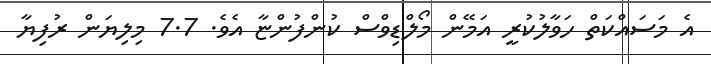
އެ މަސައްކަތް ހަވާލުކުރީ އަމޭން މޯލްޑިވްސް ކުންފުންޏާ އެވެ. 7.7 މިލިޔަން ރުފިޔާ